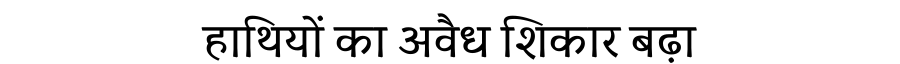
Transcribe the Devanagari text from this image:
हाथियों का अवैध शिकार बढ़ा